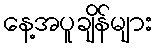
နေ့အပူချိန်များ